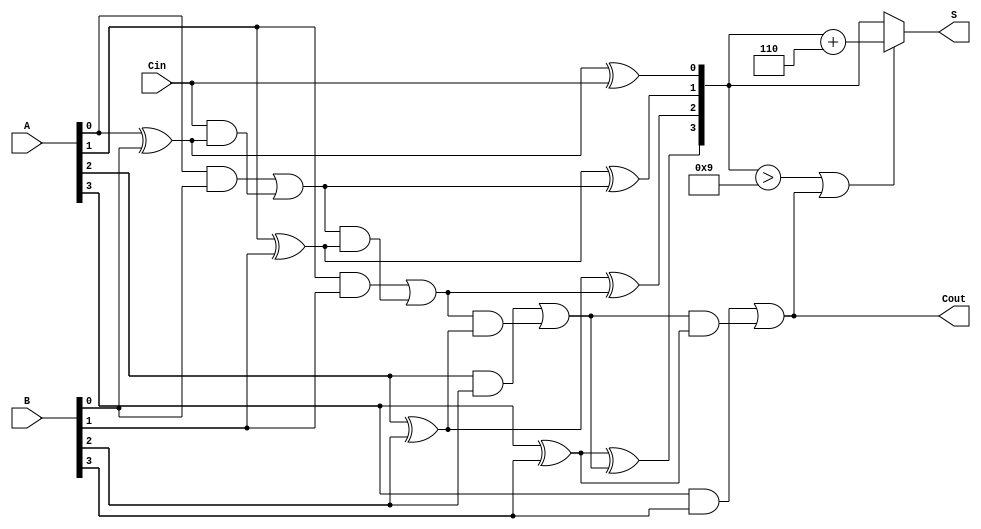
module BCD_Ripple_Carry_Adder (
    input  [3:0] A,      // First BCD digit
    input  [3:0] B,      // Second BCD digit
    input        Cin,     // Carry input (usually 0)
    output [3:0] S,      // BCD sum output
    output       Cout     // Carry output
);
    wire [4:0] sum;      // Extended sum to hold carry-out
    wire [4:0] corrected_sum; // Sum after correction

    // Full Adder instances
    wire [3:0] carry;     // Intermediate carry signals
    wire [3:0] sum_bits;  // Sum bits from the full adders

    // Full Adder for bit 0
    assign sum_bits[0] = A[0] ^ B[0] ^ Cin;
    assign carry[0] = (A[0] & B[0]) | (Cin & (A[0] ^ B[0]));

    // Full Adder for bit 1
    assign sum_bits[1] = A[1] ^ B[1] ^ carry[0];
    assign carry[1] = (A[1] & B[1]) | (carry[0] & (A[1] ^ B[1]));

    // Full Adder for bit 2
    assign sum_bits[2] = A[2] ^ B[2] ^ carry[1];
    assign carry[2] = (A[2] & B[2]) | (carry[1] & (A[2] ^ B[2]));

    // Full Adder for bit 3
    assign sum_bits[3] = A[3] ^ B[3] ^ carry[2];
    assign carry[3] = (A[3] & B[3]) | (carry[2] & (A[3] ^ B[3]));

    // Final carry-out
    assign Cout = carry[3];

    // Initial sum result
    assign sum = {1'b0, sum_bits}; // Extend to 5 bits for BCD correction

    // BCD correction logic
    assign corrected_sum = (sum > 9 || Cout) ? (sum + 5'd6) : sum;

    // Assign output sum
    assign S = corrected_sum[3:0]; // Take lower 4 bits as the output sum

endmodule